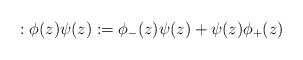
\begin{align*}:\phi (z)\psi(z): = \phi_{-}(z)\psi(z)+\psi(z)\phi_{+}(z)\end{align*}